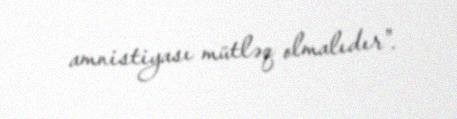
amnistiyası mütləq olmalıdır".